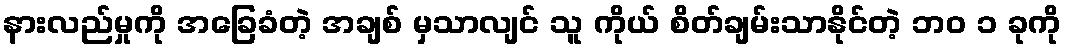
နားလည်မှုကို အခြေခံတဲ့ အချစ် မှသာလျင် သူ ကိုယ် စိတ်ချမ်းသာနိုင်တဲ့ ဘဝ ၁ ခုကို